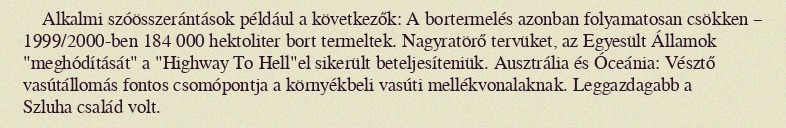
Alkalmi szóösszerántások például a következők: A bortermelés azonban folyamatosan csökken – 1999/2000-ben 184 000 hektoliter bort termeltek. Nagyratörő tervüket, az Egyesült Államok "meghódítását" a "Highway To Hell"el sikerült beteljesíteniük. Ausztrália és Óceánia: Vésztő vasútállomás fontos csomópontja a környékbeli vasúti mellékvonalaknak. Leggazdagabb a Szluha család volt.